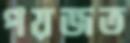
পয়জত